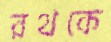
রথকে